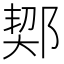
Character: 𨜒